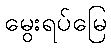
မွေးရပ်မြေ